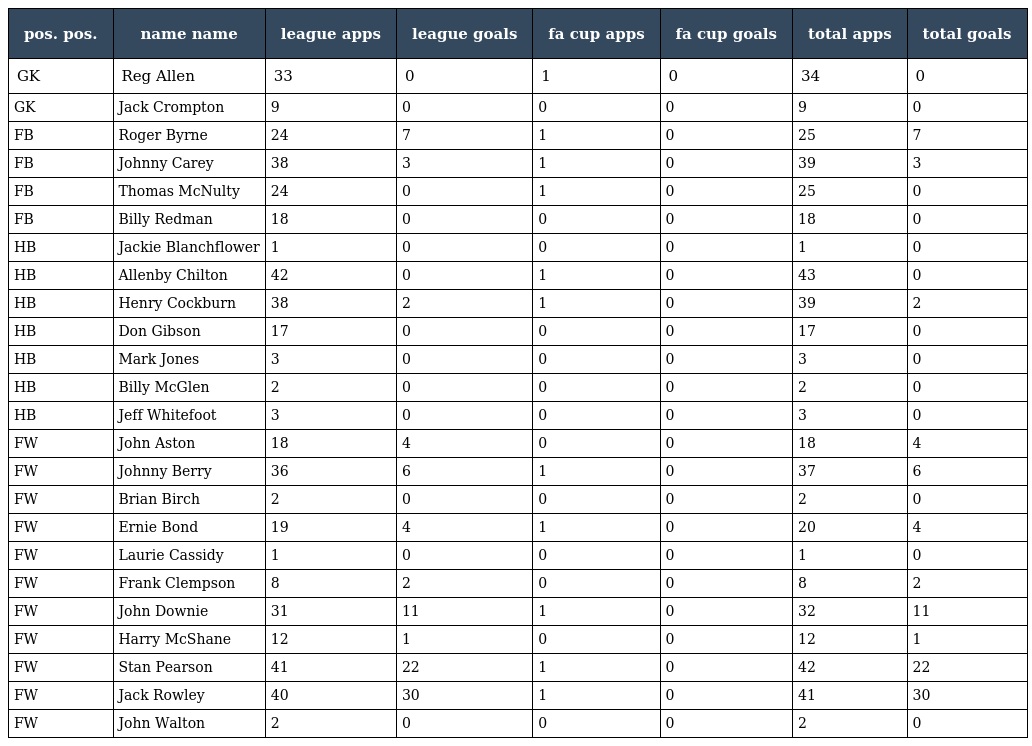
| pos. pos. | name name | league apps | league goals | fa cup apps | fa cup goals | total apps | total goals |
 | --- | --- | --- | --- | --- | --- | --- | --- |
 | GK | Reg Allen | 33 | 0 | 1 | 0 | 34 | 0 |
 | GK | Jack Crompton | 9 | 0 | 0 | 0 | 9 | 0 |
 | FB | Roger Byrne | 24 | 7 | 1 | 0 | 25 | 7 |
 | FB | Johnny Carey | 38 | 3 | 1 | 0 | 39 | 3 |
 | FB | Thomas McNulty | 24 | 0 | 1 | 0 | 25 | 0 |
 | FB | Billy Redman | 18 | 0 | 0 | 0 | 18 | 0 |
 | HB | Jackie Blanchflower | 1 | 0 | 0 | 0 | 1 | 0 |
 | HB | Allenby Chilton | 42 | 0 | 1 | 0 | 43 | 0 |
 | HB | Henry Cockburn | 38 | 2 | 1 | 0 | 39 | 2 |
 | HB | Don Gibson | 17 | 0 | 0 | 0 | 17 | 0 |
 | HB | Mark Jones | 3 | 0 | 0 | 0 | 3 | 0 |
 | HB | Billy McGlen | 2 | 0 | 0 | 0 | 2 | 0 |
 | HB | Jeff Whitefoot | 3 | 0 | 0 | 0 | 3 | 0 |
 | FW | John Aston | 18 | 4 | 0 | 0 | 18 | 4 |
 | FW | Johnny Berry | 36 | 6 | 1 | 0 | 37 | 6 |
 | FW | Brian Birch | 2 | 0 | 0 | 0 | 2 | 0 |
 | FW | Ernie Bond | 19 | 4 | 1 | 0 | 20 | 4 |
 | FW | Laurie Cassidy | 1 | 0 | 0 | 0 | 1 | 0 |
 | FW | Frank Clempson | 8 | 2 | 0 | 0 | 8 | 2 |
 | FW | John Downie | 31 | 11 | 1 | 0 | 32 | 11 |
 | FW | Harry McShane | 12 | 1 | 0 | 0 | 12 | 1 |
 | FW | Stan Pearson | 41 | 22 | 1 | 0 | 42 | 22 |
 | FW | Jack Rowley | 40 | 30 | 1 | 0 | 41 | 30 |
 | FW | John Walton | 2 | 0 | 0 | 0 | 2 | 0 |